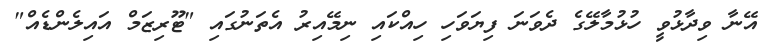
އޭނާ ވިދާޅުވީ ހުޅުމާލޭގެ ދެވަނަ ފިޔަވަހި ހިއްކައި ނިމޭއިރު އެތަނުގައި "ޓޫރިޒަމް އައިލެންޑެއް"